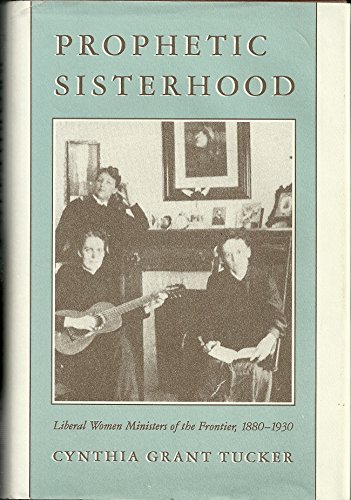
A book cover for Prophetic Sisterhood: Liberal Women Ministers of the Frontier, 1880-1930; Cynthia Grant Tucker; Religion & Spirituality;